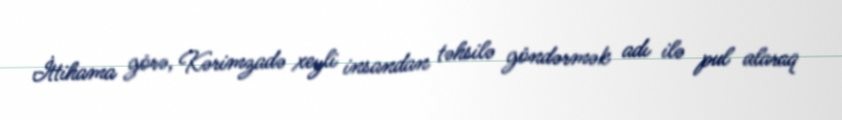
İttihama görə, Kərimzadə xeyli insandan təhsilə göndərmək adı ilə pul alaraq